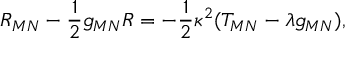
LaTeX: R _ { M N } - \frac { 1 } { 2 } g _ { M N } R = - \frac { 1 } { 2 } \kappa ^ { 2 } ( T _ { M N } - \lambda g _ { M N } ) ,